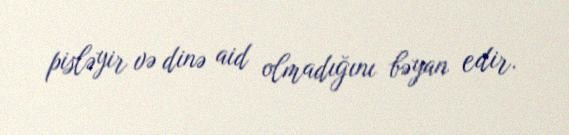
pisləyir və dinə aid olmadığını bəyan edir.